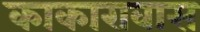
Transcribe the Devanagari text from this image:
काकारावास